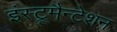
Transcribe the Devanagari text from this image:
इंस्ट्रूमैन्टेशन